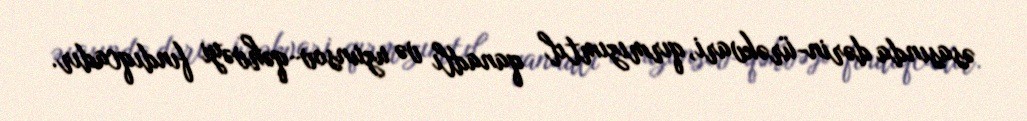
əsasında dərin-ürəkvari, qırmızımtıl qanadlı və uzunsov-qəhvəyi fındıqcadır.